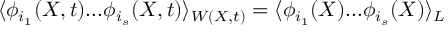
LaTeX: \langle \phi _ { i _ { 1 } } ( X , t ) . . . \phi _ { i _ { s } } ( X , t ) \rangle _ { W ( X , t ) } = \langle \phi _ { i _ { 1 } } ( X ) . . . \phi _ { i _ { s } } ( X ) \rangle _ { \cal L }